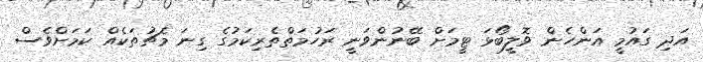
އަދި ގައުމީ އަންހެން ވޮލީބޯޅަ ޓީމަށް ބޭނުންވަނީ ރަހުމަތްތެރިކަމުގެ ގިނަ މެޗުތަކެއް ކަމަށްވެސް